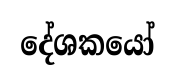
දේශකයෝ